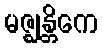
မဇ္ဈန္တိကေ